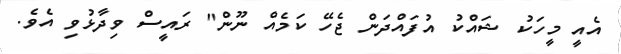
އެއީ މީހަކު ޝައްކު އުފައްދަން ޖެހޭ ކަމެއް ނޫން" ރައީސް ވިދާޅުވި އެވެ.